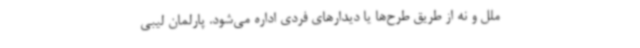
ملل و نه از طریق طرح‌ها یا دیدارهای فردی اداره می‌شود. پارلمان لیبی